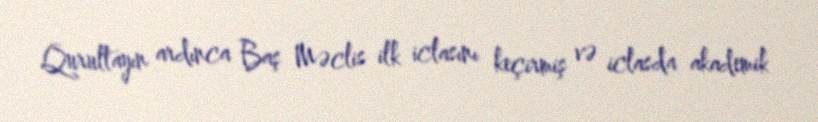
Qurultayın ardınca Baş Məclis ilk iclasını keçirmiş və iclasda akademik